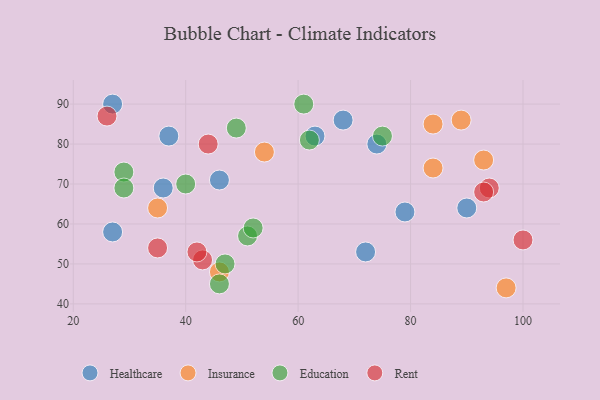
{"axis": {"x": "GDP", "y": "Life Expectancy"}, "legend": ["Education", "Healthcare", "Insurance", "Rent"], "data": [{"x": "27", "y": 90, "type": "Healthcare"}, {"x": "74", "y": 80, "type": "Healthcare"}, {"x": "68", "y": 86, "type": "Healthcare"}, {"x": "36", "y": 69, "type": "Healthcare"}, {"x": "63", "y": 82, "type": "Healthcare"}, {"x": "72", "y": 53, "type": "Healthcare"}, {"x": "37", "y": 82, "type": "Healthcare"}, {"x": "90", "y": 64, "type": "Healthcare"}, {"x": "79", "y": 63, "type": "Healthcare"}, {"x": "46", "y": 71, "type": "Healthcare"}, {"x": "27", "y": 58, "type": "Healthcare"}, {"x": "54", "y": 78, "type": "Insurance"}, {"x": "89", "y": 86, "type": "Insurance"}, {"x": "93", "y": 76, "type": "Insurance"}, {"x": "46", "y": 48, "type": "Insurance"}, {"x": "35", "y": 64, "type": "Insurance"}, {"x": "84", "y": 74, "type": "Insurance"}, {"x": "97", "y": 44, "type": "Insurance"}, {"x": "84", "y": 85, "type": "Insurance"}, {"x": "75", "y": 82, "type": "Education"}, {"x": "49", "y": 84, "type": "Education"}, {"x": "47", "y": 50, "type": "Education"}, {"x": "61", "y": 90, "type": "Education"}, {"x": "46", "y": 45, "type": "Education"}, {"x": "29", "y": 73, "type": "Education"}, {"x": "62", "y": 81, "type": "Education"}, {"x": "51", "y": 57, "type": "Education"}, {"x": "52", "y": 59, "type": "Education"}, {"x": "40", "y": 70, "type": "Education"}, {"x": "29", "y": 69, "type": "Education"}, {"x": "26", "y": 87, "type": "Rent"}, {"x": "35", "y": 54, "type": "Rent"}, {"x": "43", "y": 51, "type": "Rent"}, {"x": "42", "y": 53, "type": "Rent"}, {"x": "94", "y": 69, "type": "Rent"}, {"x": "93", "y": 68, "type": "Rent"}, {"x": "100", "y": 56, "type": "Rent"}, {"x": "44", "y": 80, "type": "Rent"}]}